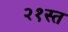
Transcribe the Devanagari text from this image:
२१स्त